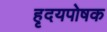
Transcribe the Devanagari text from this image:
हृदयपोषक